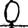
Digit: 0